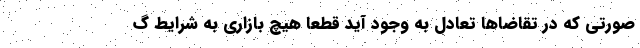
صورتی که در تقاضاها تعادل به وجود آید قطعاً هیچ بازاری به شرایط گ